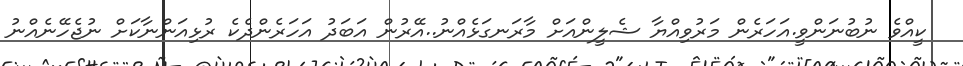
ކީއްވެ ނުބުނަންވީ.އަހަރެން މަރުވިއްޔާ ޝެލީންއަށް މާރަނގަޅެއްނު..އޭރުން އަބަދު އަހަރެންދެކެ ރުޅިއަންނާކަށް ނުޖެހޭނެއްނު